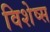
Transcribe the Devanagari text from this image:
विशेष्स